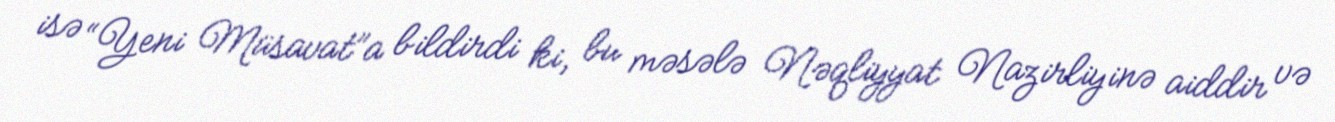
isə “Yeni Müsavat”a bildirdi ki, bu məsələ Nəqliyyat Nazirliyinə aiddir və